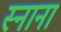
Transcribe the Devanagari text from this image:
स्नाना